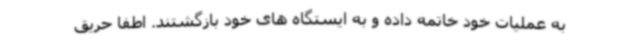
به عملیات خود خاتمه داده و به ایستگاه های خود بازگشتند. اطفا حریق